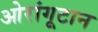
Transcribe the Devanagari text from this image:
ओरांगूटान